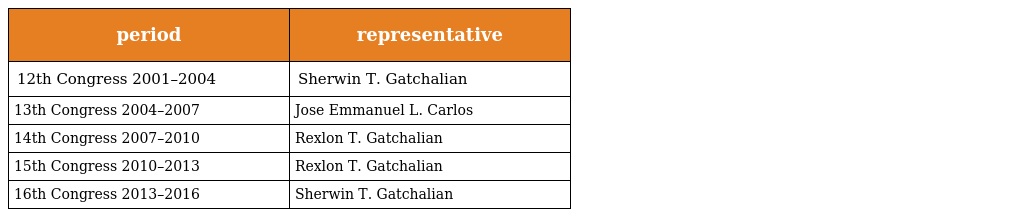
| period | representative |
 | --- | --- |
 | 12th Congress 2001–2004 | Sherwin T. Gatchalian |
 | 13th Congress 2004–2007 | Jose Emmanuel L. Carlos |
 | 14th Congress 2007–2010 | Rexlon T. Gatchalian |
 | 15th Congress 2010–2013 | Rexlon T. Gatchalian |
 | 16th Congress 2013–2016 | Sherwin T. Gatchalian |